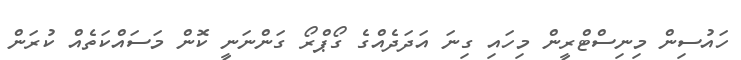
ހައުސިން މިނިސްޓްރީން މިހައި ގިނަ އަދަދެއްގެ ގޯޕްރޯ ގަންނަނީ ކޮން މަސައްކަތެއް ކުރަން